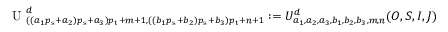
\begin{array} { r } { \textrm { U } _ { ( ( a _ { 1 } { p _ { \mathrm { s } } } + a _ { 2 } ) { p _ { \mathrm { s } } } + a _ { 3 } ) { p _ { \mathrm { t } } } + m + 1 , ( ( b _ { 1 } { p _ { \mathrm { s } } } + b _ { 2 } ) { p _ { \mathrm { s } } } + b _ { 3 } ) { p _ { \mathrm { t } } } + n + 1 } ^ { d } : = U _ { a _ { 1 } , a _ { 2 } , a _ { 3 } , b _ { 1 } , b _ { 2 } , b _ { 3 } , m , n } ^ { d } ( O , S , I , J ) } \end{array}